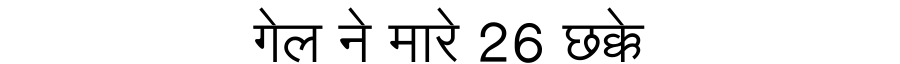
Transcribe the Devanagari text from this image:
गेल ने मारे 26 छक्के